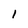
Character: 1